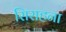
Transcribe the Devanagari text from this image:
सिराहना